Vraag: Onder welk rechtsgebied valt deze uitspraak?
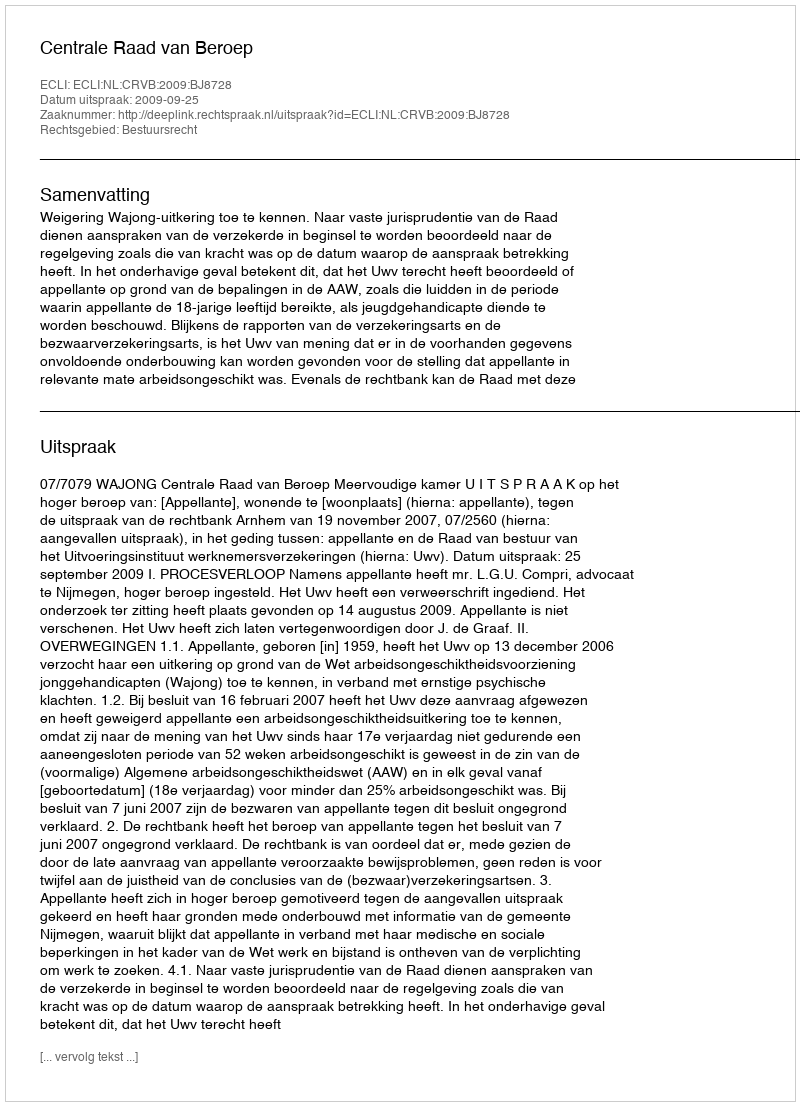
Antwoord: Bestuursrecht